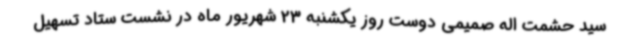
سید حشمت اله صمیمی دوست روز یکشنبه 23 شهریور ماه در نشست ستاد تسهیل